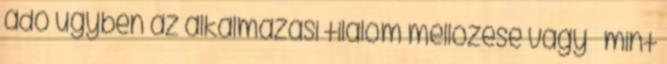
adó ügyben az alkalmazási tilalom mellőzése vagy – mint